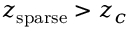
z _ { \mathrm { s p a r s e } } > z _ { c }